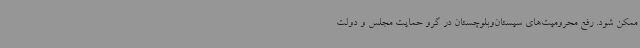
ممکن شود. رفع محرومیت‌های سیستان‌وبلوچستان در گرو حمایت مجلس و دولت